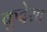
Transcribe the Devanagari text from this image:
कुदेसा